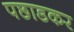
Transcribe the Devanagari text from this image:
पछाडकर